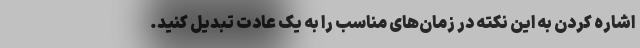
اشاره کردن به این نکته در زمان‌های مناسب را به یک عادت تبدیل کنید.